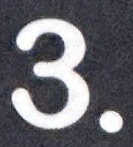
3.